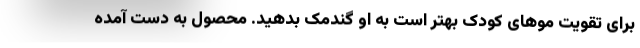
برای تقویت موهای کودک بهتر است به او گندمک بدهید. محصول به دست آمده